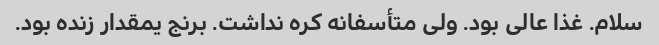
سلام. غذا عالی بود. ولی متأسفانه کره نداشت. برنج یمقدار زنده بود.